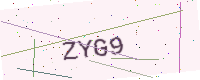
Text: ZYG9